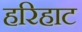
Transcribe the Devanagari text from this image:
हरिहाट